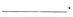
___。